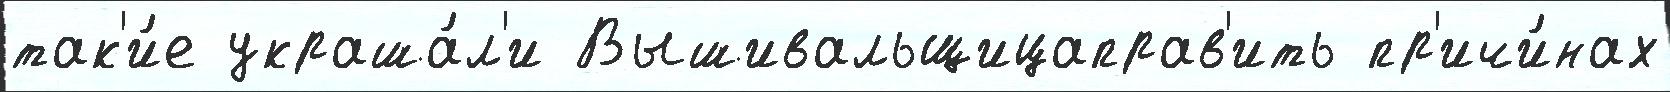
так'и́е украша́л'и Вышивальщицаправ'ить пр'ичи́нах